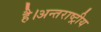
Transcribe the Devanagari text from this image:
है।अन्तराष्ट्रीय